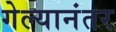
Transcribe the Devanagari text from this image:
गेल्‍यानंतर